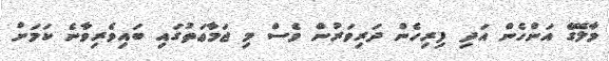
މާލޭގެ އަންހެން އަދި ފިރިހެން ދަރިވަރުން ވެސް މި ޖަމާޢަތުގައި ބައިވެރިވާނެ ކަމަށް